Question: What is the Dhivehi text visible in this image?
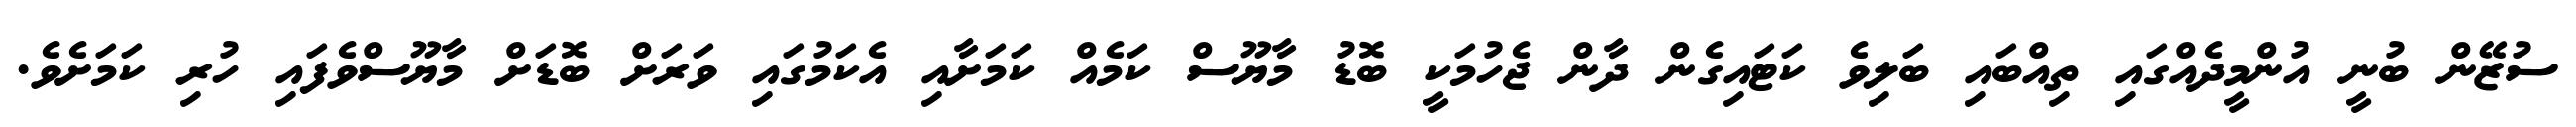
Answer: ސުޒޭން ބުނީ އުންމީދެއްގައި ތިއްބައި ބަލިވެ ކަޓައިގެން ދާން ޖެހުމަކީ ބޮޑު މާޔޫސް ކަމެއް ކަމަށާއި އެކަމުގައި ވަރަށް ބޮޑަށް މާޔޫސްވެފައި ހުރި ކަމަށެވެ.